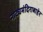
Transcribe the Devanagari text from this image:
नाट्यमंदिराबाहेर